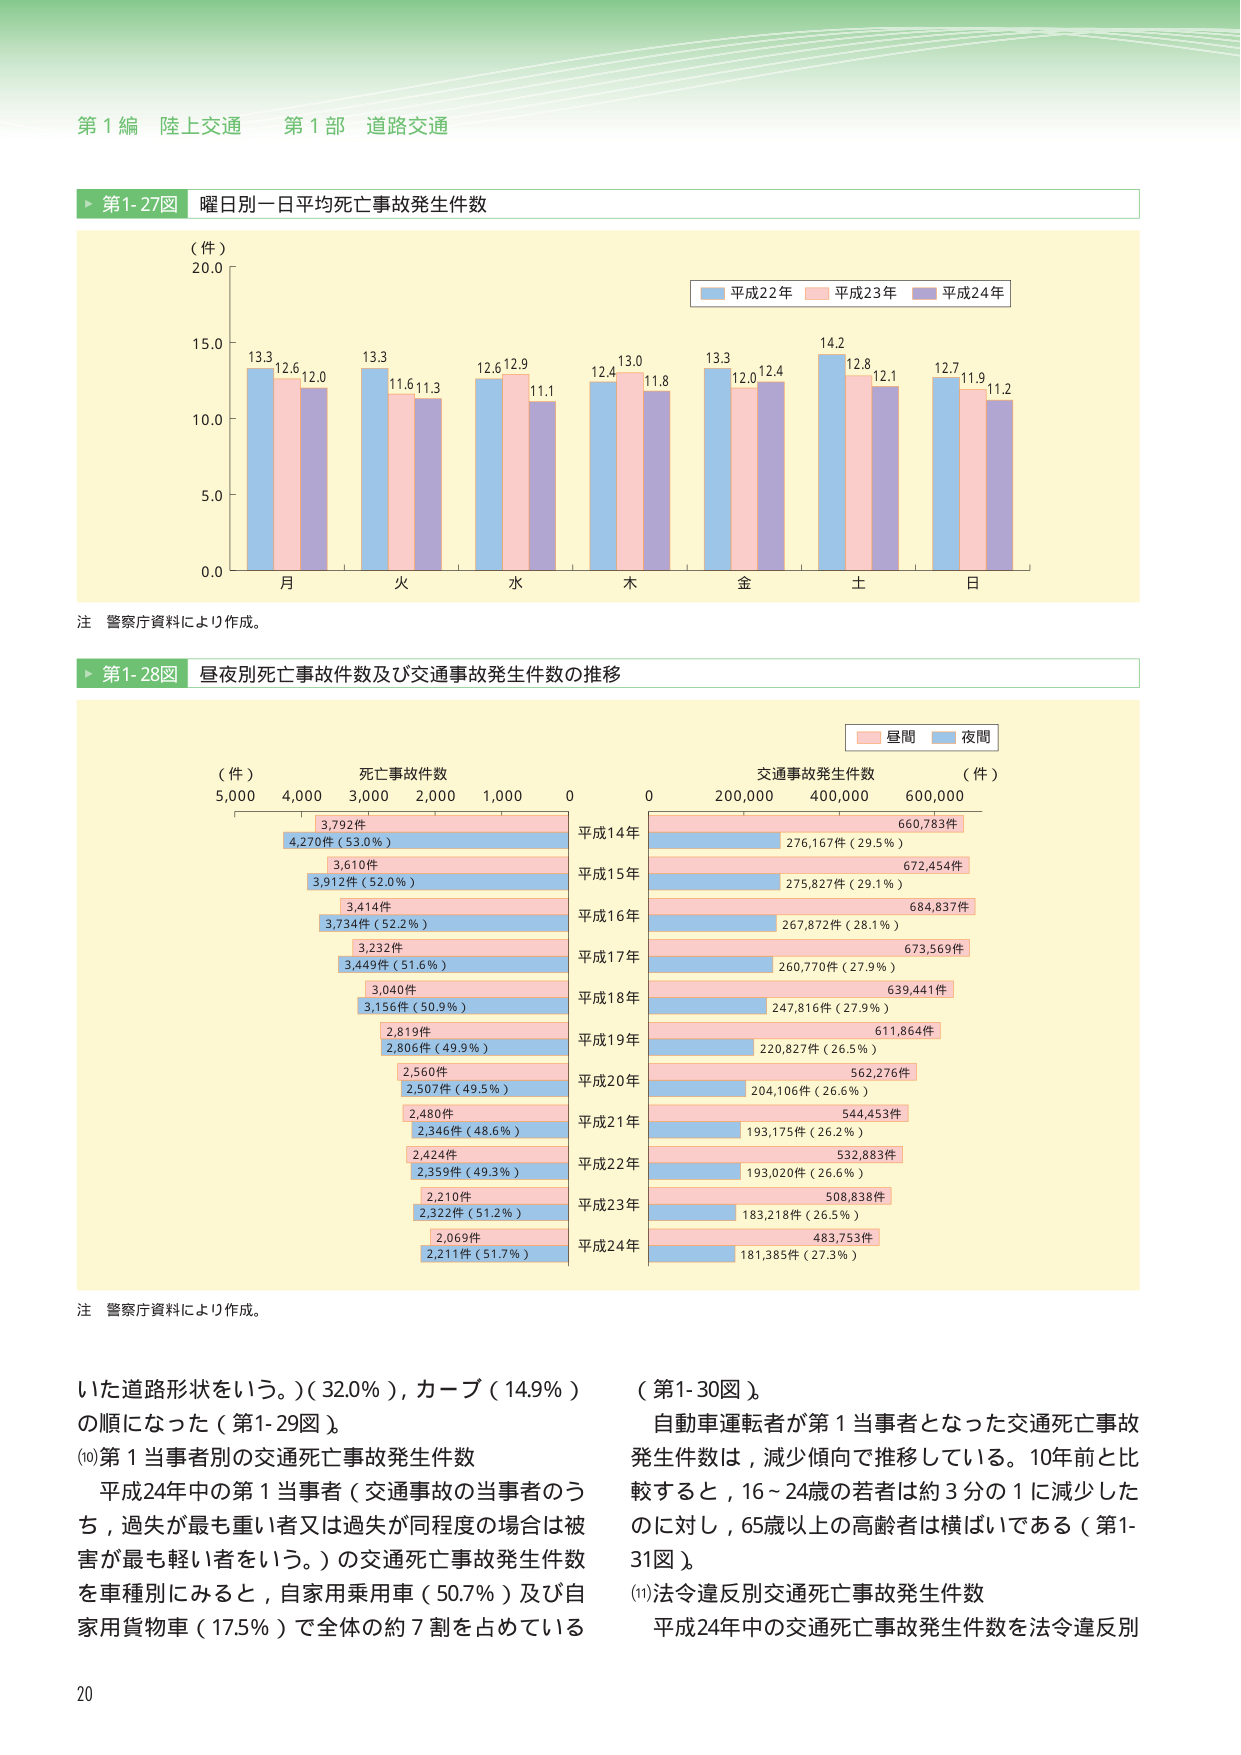
第１編 陸上交通 第１部 道路交通

▶ 第1-27図 曜日別一日平均死亡事故発生件数

（件）
20.0
15.0
10.0
5.0
0.0

月 火 水 木 金 土 日

13.3 12.6 12.0
13.3 11.6 11.3
12.6 12.9 11.1
12.4 13.0 11.8
13.3 12.0 12.4
14.2 12.8 12.1
12.7 11.9 11.2

■ 平成22年 ■ 平成23年 ■ 平成24年

注 警察庁資料により作成。

▶ 第1-28図 昼夜別死亡事故件数及び交通事故発生件数の推移

（件） 死亡事故件数
5,000 4,000 3,000 2,000 1,000 0

平成14年
3,792件
4,270件（53.0％）

平成15年
3,610件
3,912件（52.0％）

平成16年
3,414件
3,734件（52.2％）

平成17年
3,232件
3,449件（51.6％）

平成18年
3,040件
3,156件（50.9％）

平成19年
2,819件
2,806件（49.9％）

平成20年
2,560件
2,507件（49.5％）

平成21年
2,480件
2,346件（48.6％）

平成22年
2,424件
2,359件（49.3％）

平成23年
2,210件
2,322件（51.2％）

平成24年
2,069件
2,211件（51.7％）

交通事故発生件数 （件）
0 200,000 400,000 600,000

平成14年
660,783件
276,167件（29.5％）

平成15年
672,454件
275,827件（29.1％）

平成16年
684,837件
267,872件（28.1％）

平成17年
673,569件
260,770件（27.9％）

平成18年
639,441件
247,816件（27.9％）

平成19年
611,864件
220,827件（26.5％）

平成20年
562,276件
204,106件（26.6％）

平成21年
544,453件
193,175件（26.2％）

平成22年
532,883件
193,020件（26.6％）

平成23年
508,838件
183,218件（26.5％）

平成24年
483,753件
181,385件（27.3％）

■ 昼間 ■ 夜間

注 警察庁資料により作成。

いた道路形状をいう。）（32.0％），カーブ（14.9％）
の順になった（第1-29図）。
(10)第１当事者別の交通死亡事故発生件数
平成24年中の第１当事者（交通事故の当事者のうち，過失が最も重い者又は過失が同程度の場合は被害が最も軽い者をいう。）の交通死亡事故発生件数を車種別にみると，自家用乗用車（50.7％）及び自家用貨物車（17.5％）で全体の約７割を占めている

（第1-30図）。
自動車運転者が第１当事者となった交通死亡事故発生件数は，減少傾向で推移している。10年前と比較すると，16～24歳の若者は約３分の１に減少したのに対し，65歳以上の高齢者は横ばいである（第1-31図）。
(11)法令違反別交通死亡事故発生件数
平成24年中の交通死亡事故発生件数を法令違反別

20